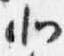
北